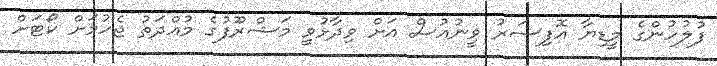
ފުލުހުންގެ މީޑިޔާ އޮފިސަރު ވީނުއުސް އަށް ވިދާޅުވީ މަޝްރޫފުގެ މުއްދަތު ޖެހުމަށް ކޯޓަށް